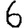
Digit: 6